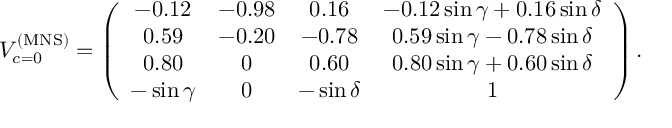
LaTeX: V _ { c = 0 } ^ { \mathrm { ( M N S ) } } = \left( \begin{array} { c c c c } { { - 0 . 1 2 } } & { { - 0 . 9 8 } } & { { 0 . 1 6 } } & { { - 0 . 1 2 \sin \gamma + 0 . 1 6 \sin \delta } } \\ { { 0 . 5 9 } } & { { - 0 . 2 0 } } & { { - 0 . 7 8 } } & { { 0 . 5 9 \sin \gamma - 0 . 7 8 \sin \delta } } \\ { { 0 . 8 0 } } & { { 0 } } & { { 0 . 6 0 } } & { { 0 . 8 0 \sin \gamma + 0 . 6 0 \sin \delta } } \\ { { - \sin \gamma } } & { { 0 } } & { { - \sin \delta } } & { { 1 } } \end{array} \right) .